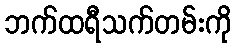
ဘက်ထရီသက်တမ်းကို